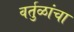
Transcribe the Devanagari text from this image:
वर्तुळांचा